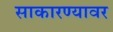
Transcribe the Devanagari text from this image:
साकारण्यावर